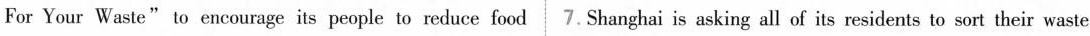
For Your Waste"to encourage its people to reduce food 7.Shanghai is asking all of its residents to sort their waste